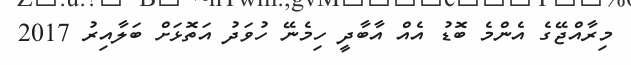
މިރާއްޖޭގެ އެންމެ ބޮޑު އެއް އާބާދީ ހިމެނޭ ހުވަދު އަތޮޅަށް ބަލާއިރު 2017